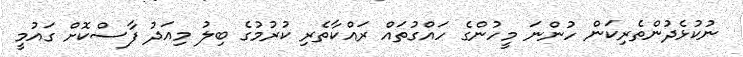
ނުކުޅެދުންތެރިކަން ހުންނަ މީހުންގެ ހައްގުތައް ރައްކާތެރި ކުރުމުގެ ބިލު މިއަދު ފާސްކޮށް ގައުމީ